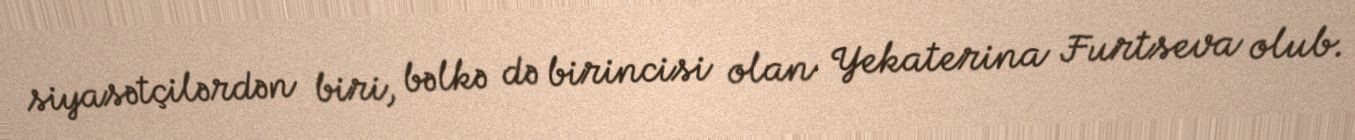
siyasətçilərdən biri, bəlkə də birincisi olan Yekaterina Furtseva olub.